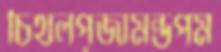
চিথলপূজামন্ডপম